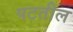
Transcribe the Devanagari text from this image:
पटतील